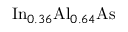
\mathrm { I n } _ { 0 . 3 6 } \mathrm { A l } _ { 0 . 6 4 } \mathrm { A s }